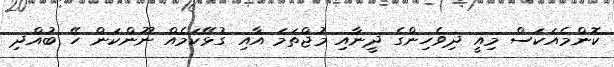
ކޮންމެއަކަސް މިއީ ދިވެހިންގެ ދީނާއި މުޖްތަމަ އާއި ގުޅޭކަމެއް ނޫންކަން ހޭ ބުއްދި